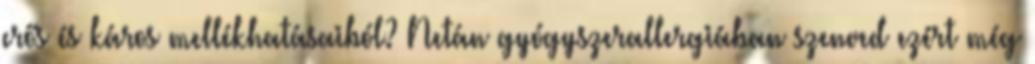
erős és káros mellékhatásaiból? Netán gyógyszerallergiában szenved ezért még